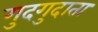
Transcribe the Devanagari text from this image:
गुदगुदाता